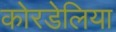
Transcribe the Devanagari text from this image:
कोरडेलिया